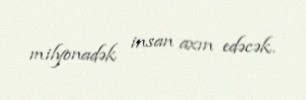
milyonadək insan axın edəcək.